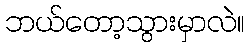
ဘယ်တော့သွားမှာလဲ။